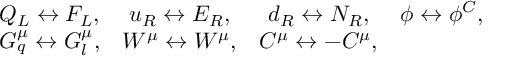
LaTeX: \begin{array} { c c c c } { { Q _ { L } \leftrightarrow F _ { L } , } } & { { u _ { R } \leftrightarrow E _ { R } , } } & { { d _ { R } \leftrightarrow N _ { R } , } } & { { \phi \leftrightarrow \phi ^ { C } , } } \\ { { G _ { q } ^ { \mu } \leftrightarrow G _ { l } ^ { \mu } , } } & { { W ^ { \mu } \leftrightarrow W ^ { \mu } , } } & { { C ^ { \mu } \leftrightarrow - C ^ { \mu } , } } & { { } } \end{array}